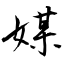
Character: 媒